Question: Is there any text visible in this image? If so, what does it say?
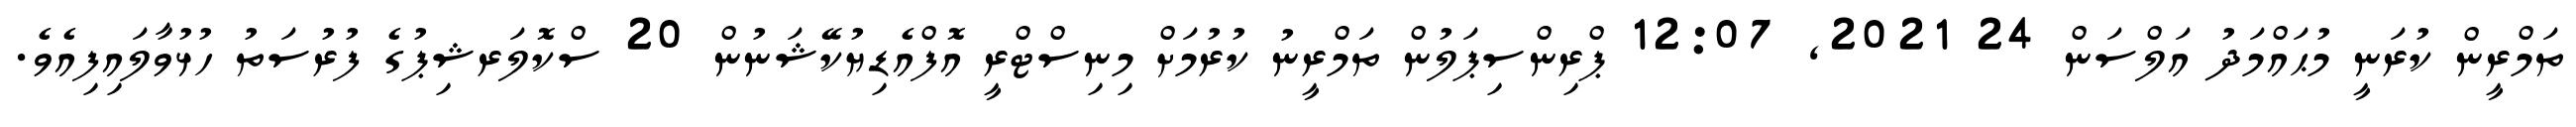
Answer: ތަމްރީން ކުރަނީ މުޙައްމަދު އަލްސަން 24 2021, 12:07 ޕްރިންސިޕަލުން ތަމްރީނު ކުރުމަށް މިނިސްޓްރީ އޮފްއެޑިޔުކޭޝަނުން 20 ސްކޮލަރޝިޕުގެ ފުރުސަތު ހުޅުވާލައިފިއެވެ.